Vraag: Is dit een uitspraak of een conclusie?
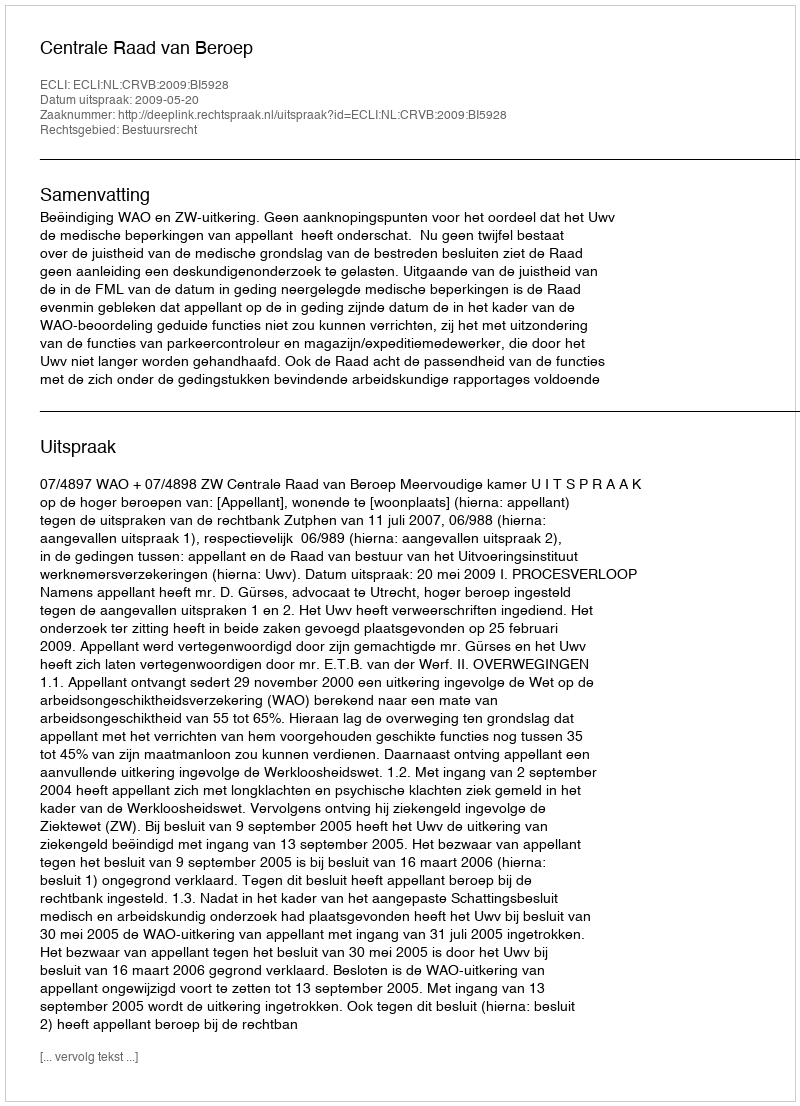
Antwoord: Uitspraak